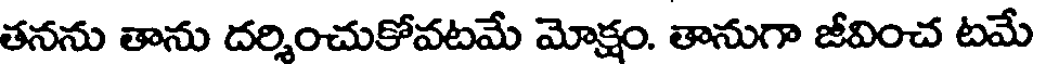
తనను తాను దర్శించుకోవటమే మోక్షం. తానుగా జీవించ టమే